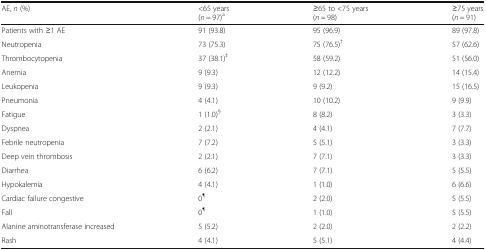
<table><thead><tr><td><b>AE, <i>n</i> (%)</b></td><td><b>&lt;65 years(<i>n</i> = 97)<sup>a</sup></b></td><td><b>≥65 to &lt;75 years(<i>n</i> = 98)</b></td><td><b>≥75 years(<i>n</i> = 91)</b></td></tr></thead><tbody><tr><td>Patients with ≥1 AE</td><td>91 (93.8)</td><td>95 (96.9)</td><td>89 (97.8)</td></tr><tr><td>Neutropenia</td><td>73 (75.3)</td><td>75 (76.5)<sup>†</sup></td><td>57 (62.6)</td></tr><tr><td>Thrombocytopenia</td><td>37 (38.1)<sup>‡</sup></td><td>58 (59.2)</td><td>51 (56.0)</td></tr><tr><td>Anemia</td><td>9 (9.3)</td><td>12 (12.2)</td><td>14 (15.4)</td></tr><tr><td>Leukopenia</td><td>9 (9.3)</td><td>9 (9.2)</td><td>15 (16.5)</td></tr><tr><td>Pneumonia</td><td>4 (4.1)</td><td>10 (10.2)</td><td>9 (9.9)</td></tr><tr><td>Fatigue</td><td>1 (1.0)<sup>§</sup></td><td>8 (8.2)</td><td>3 (3.3)</td></tr><tr><td>Dyspnea</td><td>2 (2.1)</td><td>4 (4.1)</td><td>7 (7.7)</td></tr><tr><td>Febrile neutropenia</td><td>7 (7.2)</td><td>5 (5.1)</td><td>3 (3.3)</td></tr><tr><td>Deep vein thrombosis</td><td>2 (2.1)</td><td>7 (7.1)</td><td>3 (3.3)</td></tr><tr><td>Diarrhea</td><td>6 (6.2)</td><td>7 (7.1)</td><td>5 (5.5)</td></tr><tr><td>Hypokalemia</td><td>4 (4.1)</td><td>1 (1.0)</td><td>6 (6.6)</td></tr><tr><td>Cardiac failure congestive</td><td>0<sup>¶</sup></td><td>2 (2.0)</td><td>5 (5.5)</td></tr><tr><td>Fall</td><td>0<sup>¶</sup></td><td>1 (1.0)</td><td>5 (5.5)</td></tr><tr><td>Alanine aminotransferase increased</td><td>5 (5.2)</td><td>2 (2.0)</td><td>2 (2.2)</td></tr><tr><td>Rash</td><td>4 (4.1)</td><td>5 (5.1)</td><td>4 (4.4)</td></tr></tbody></table>